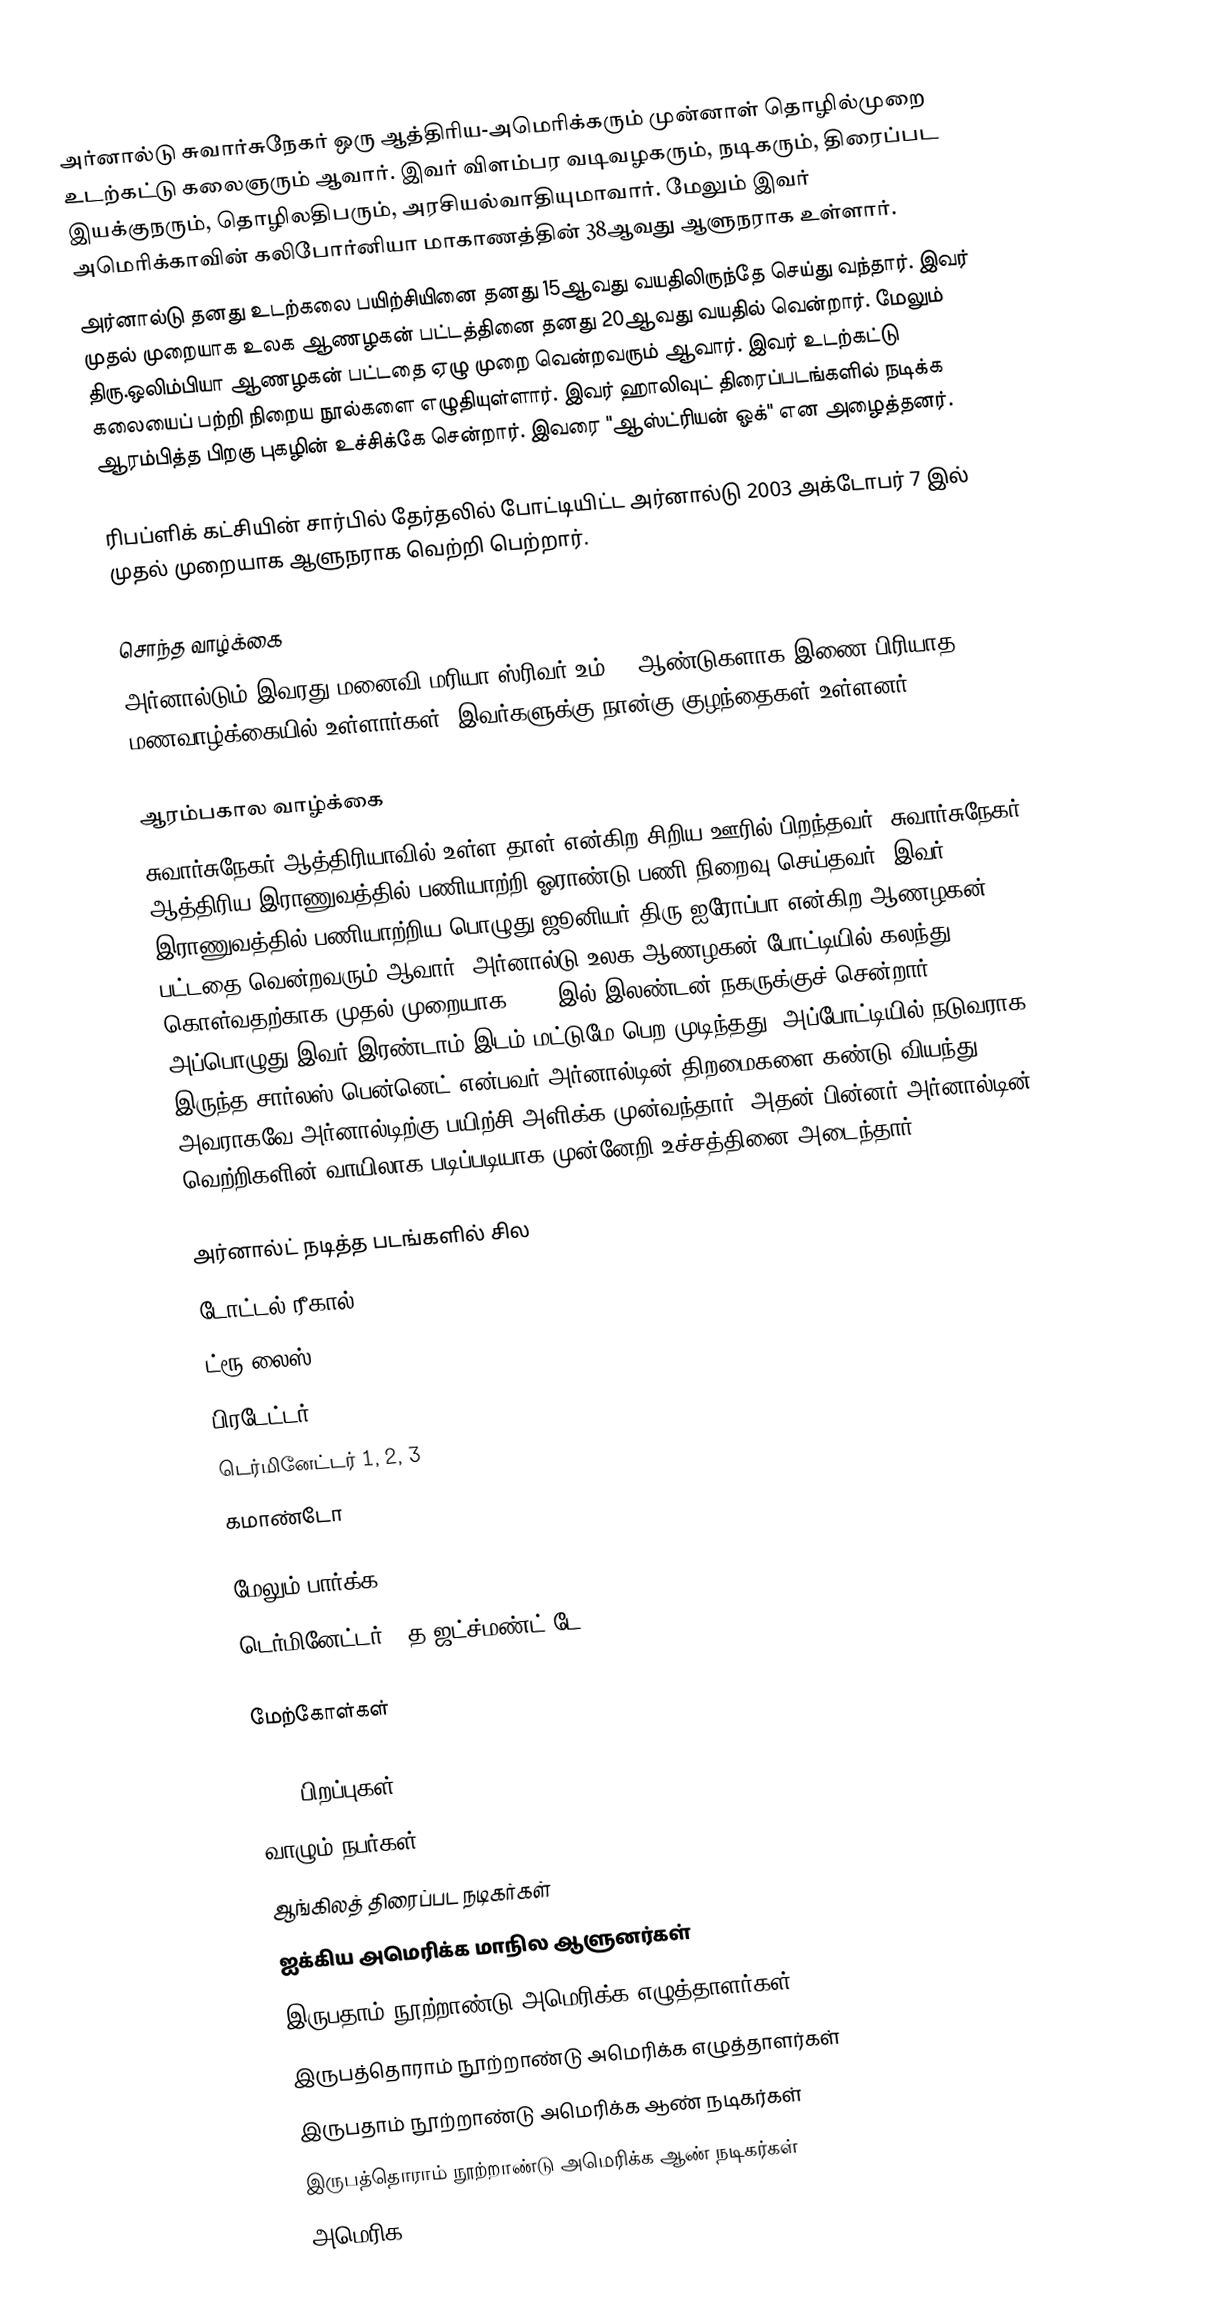
அர்னால்டு சுவார்சுநேகர் ஒரு ஆத்திரிய-அமெரிக்கரும் முன்னாள் தொழில்முறை உடற்கட்டு கலைஞரும் ஆவார். இவர் விளம்பர வடிவழகரும், நடிகரும், திரைப்பட இயக்குநரும், தொழிலதிபரும், அரசியல்வாதியுமாவார். மேலும் இவர் அமெரிக்காவின் கலிபோர்னியா மாகாணத்தின் 38ஆவது ஆளுநராக உள்ளார்.
அர்னால்டு தனது உடற்கலை பயிற்சியினை தனது 15ஆவது வயதிலிருந்தே செய்து வந்தார். இவர் முதல் முறையாக உலக ஆணழகன் பட்டத்தினை தனது 20ஆவது வயதில் வென்றார். மேலும் திரு.ஒலிம்பியா ஆணழகன் பட்டதை ஏழு முறை வென்றவரும் ஆவார். இவர் உடற்கட்டு கலையைப் பற்றி நிறைய நூல்களை எழுதியுள்ளார். இவர் ஹாலிவுட் திரைப்படங்களில் நடிக்க ஆரம்பித்த பிறகு புகழின் உச்சிக்கே சென்றார். இவரை "ஆஸ்ட்ரியன் ஓக்" என அழைத்தனர்.

ரிபப்ளிக் கட்சியின் சார்பில் தேர்தலில் போட்டியிட்ட அர்னால்டு 2003 அக்டோபர் 7 இல் முதல் முறையாக ஆளுநராக வெற்றி பெற்றார்.

சொந்த வாழ்க்கை
அர்னால்டும் இவரது மனைவி மரியா ஸ்ரிவர்-உம் 25 ஆண்டுகளாக இணை பிரியாத மணவாழ்க்கையில் உள்ளார்கள். இவர்களுக்கு நான்கு குழந்தைகள் உள்ளனர்.

ஆரம்பகால வாழ்க்கை
சுவார்சுநேகர் ஆத்திரியாவில் உள்ள தாள் என்கிற சிறிய ஊரில் பிறந்தவர். சுவார்சுநேகர் ஆத்திரிய இராணுவத்தில் பணியாற்றி ஓராண்டு பணி நிறைவு செய்தவர். இவர் இராணுவத்தில் பணியாற்றிய பொழுது ஜூனியர்.திரு.ஐரோப்பா என்கிற ஆணழகன் பட்டதை வென்றவரும் ஆவார். அர்னால்டு உலக ஆணழகன் போட்டியில் கலந்து கொள்வதற்காக முதல் முறையாக 1966 இல் இலண்டன் நகருக்குச் சென்றார். அப்பொழுது இவர் இரண்டாம் இடம் மட்டுமே பெற முடிந்தது. அப்போட்டியில் நடுவராக இருந்த சார்லஸ் பென்னெட் என்பவர் அர்னால்டின் திறமைகளை கண்டு வியந்து அவராகவே அர்னால்டிற்கு பயிற்சி அளிக்க முன்வந்தார். அதன் பின்னர் அர்னால்டின் வெற்றிகளின் வாயிலாக படிப்படியாக முன்னேறி உச்சத்தினை அடைந்தார்.

அர்னால்ட் நடித்த படங்களில் சில
டோட்டல் ரீகால்,
ட்ரூ லைஸ்
பிரடேட்டர்
டெர்மினேட்டர் 1, 2, 3
கமாண்டோ

மேலும் பார்க்க
 டெர்மினேட்டர் 2:த ஜட்ச்மண்ட் டே

மேற்கோள்கள்

1947 பிறப்புகள்
வாழும் நபர்கள்
ஆங்கிலத் திரைப்பட நடிகர்கள்
ஐக்கிய அமெரிக்க மாநில ஆளுனர்கள்
இருபதாம் நூற்றாண்டு அமெரிக்க எழுத்தாளர்கள்
இருபத்தொராம் நூற்றாண்டு அமெரிக்க எழுத்தாளர்கள்
இருபதாம் நூற்றாண்டு அமெரிக்க ஆண் நடிகர்கள்
இருபத்தொராம் நூற்றாண்டு அமெரிக்க ஆண் நடிகர்கள்
அமெரிக